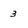
Character: 3